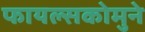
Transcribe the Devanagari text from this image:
फायल्सकोमुने